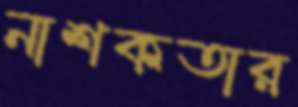
নাশকতার